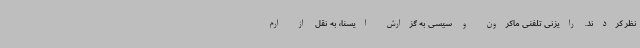
نظر کردند. رایزنی تلفنی ماکرون و سیسی به گزارش ایسنا، به نقل از ارم